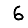
Digit: 6